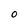
Character: O